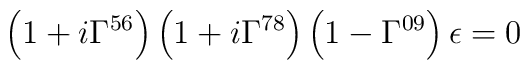
\left(1+i\Gamma^{56}\right)\left(1+i\Gamma^{78}\right)\left(1-\Gamma^{09}\right)\epsilon=0